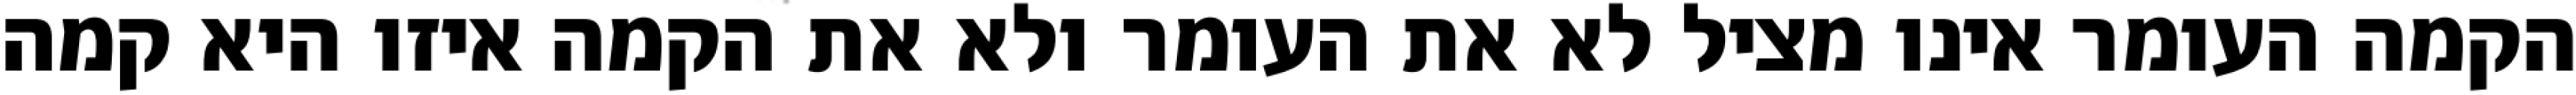
הקמה העומר אינו מציל לא את העומר ולא את הקמה איזו היא קמה